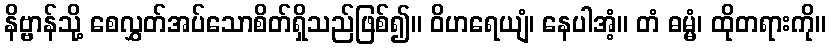
နိဗ္ဗာန်သို့ စေလွှတ်အပ်သောစိတ်ရှိသည်ဖြစ်၍။ ဝိဟရေယျံ၊ နေပါအံ့။ တံ ဓမ္မံ၊ ထိုတရားကို။